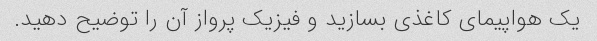
یک هواپیمای کاغذی بسازید و فیزیک پرواز آن را توضیح دهید.